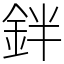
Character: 鉡